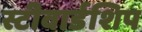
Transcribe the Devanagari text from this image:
स्टीवार्डशिप